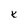
Character: K